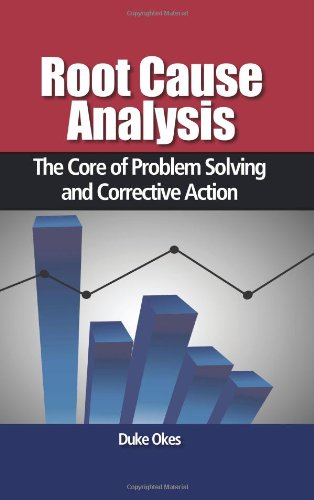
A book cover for Root Cause Analysis: The Core of Problem Solving and Corrective Action; Duke Okes; Business & Money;